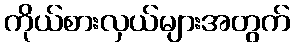
ကိုယ်စားလှယ်များအတွက်